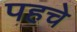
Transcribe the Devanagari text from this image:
पहचे